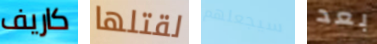
كاريف لقتلها سيجعلهم بعد